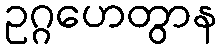
ဥဂ္ဂဟေတွာန